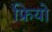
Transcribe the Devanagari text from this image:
फ्रियो